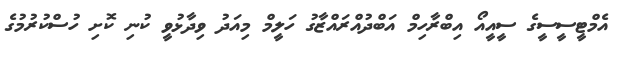
އެމްޓީސީސީގެ ސީއީއޯ އިބްރާހިމް އަބްދުއްރައްޒާގު ހަލީމް މިއަދު ވިދާޅުވީ ކުނި ކޮށި ހުސްކުރުމުގެ